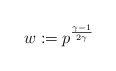
\begin{align*}w:=p^{\frac{\gamma-1}{2\gamma}}\end{align*}